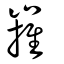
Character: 嶊